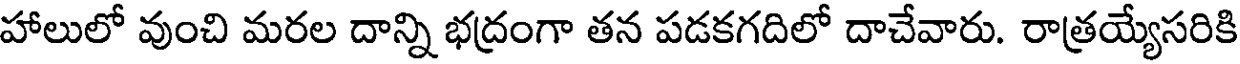
హాలులో వుంచి మరల దాన్ని భద్రంగా తన పడకగదిలో దాచేవారు. రాత్రయ్యేసరికి